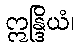
ဣန္ဒြိယံ၊